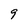
Character: 9